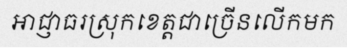
អាជ្ញាធរស្រុកខេត្តជាច្រើនលើកមក